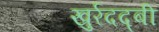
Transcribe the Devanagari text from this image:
खुर्रदद्बी